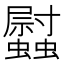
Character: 𧕈